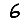
Digit: 6